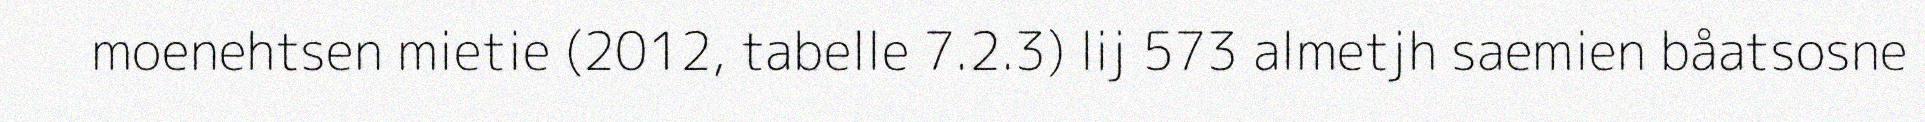
moenehtsen mietie (2012, tabelle 7.2.3) lij 573 almetjh saemien båatsosne